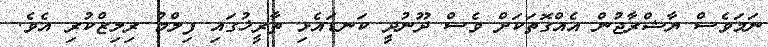
ނަމަވެސް ޔާޝްރާޖުން އެއްގޮތަކަށް ވެސް ދޫނުދީ ކަނޑައެޅި ތާރީޚުގައި ފިލްމު ރިލިޒްކުރި އެވެ.